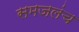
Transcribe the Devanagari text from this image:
समजलंच